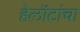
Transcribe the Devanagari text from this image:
हेलॉटांचा